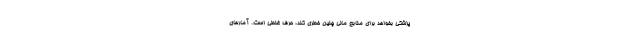
پزشکی بخواهد برای منابع مالی چنین خطری کند، حرف غلطی است. آمارهای